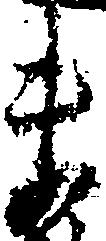
ま